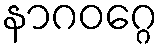
နာဂဝဂ္ဂေ